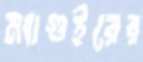
ম্যাগুইরের